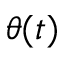
\theta ( t )